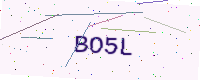
Text: BO5L